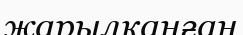
жарылқанған